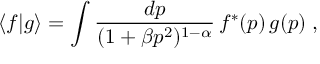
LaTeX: \langle f | g \rangle = \int \frac { d p } { ( 1 + \beta p ^ { 2 } ) ^ { 1 - \alpha } } \, f ^ { * } ( p ) \, g ( p ) \; ,